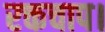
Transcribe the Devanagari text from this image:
रक्तचाप।